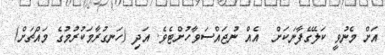
އަށް މެނުވީ ކަލޭގެފާނަކަށް  އެއް ނުޖައްސަވާހުށްޓެވެ. އަދި (ހަނގުރާމަކުރުމުގެ މައްޗަށް)